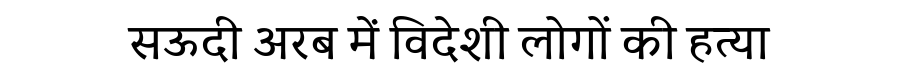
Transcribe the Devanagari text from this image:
सऊदी अरब में विदेशी लोगों की हत्या